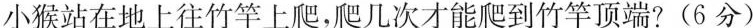
小猴站在地上往竹竿上爬，爬几次才能爬到竹竿顶端?(6分)